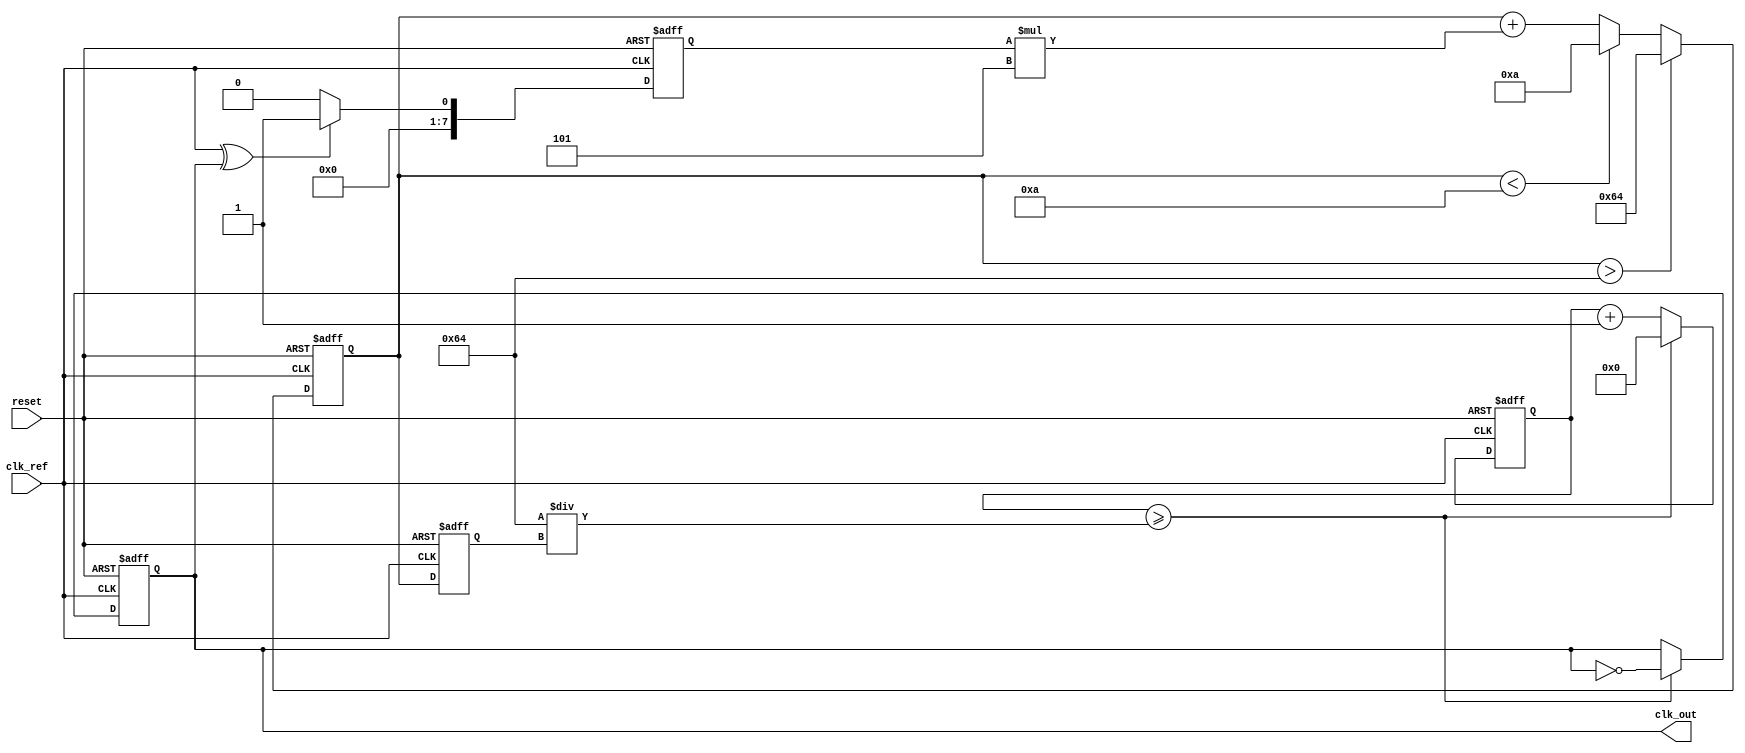
module pll_type2 (
    input wire clk_ref,          // Reference clock input
    input wire reset,            // Asynchronous reset
    output reg clk_out           // Output clock
);

    // Parameters for the PLL
    parameter integer VCO_MAX_FREQ = 100; // Max frequency of VCO
    parameter integer VCO_MIN_FREQ = 10;   // Min frequency of VCO
    parameter integer LOOP_FILTER_GAIN = 5; // Gain for loop filter

    // Internal signals
    reg [7:0] phase_error;        // Phase error signal from PD
    reg [7:0] filtered_error;     // Filtered error signal
    reg [7:0] vco_frequency;      // Current frequency of VCO
    reg [31:0] vco_counter;       // VCO counter for generating clk_out
    reg clk_vco;                  // VCO clock signal

    // Phase Detector (PD)
    always @(posedge clk_ref or posedge reset) begin
        if (reset) begin
            phase_error <= 0;
        end else begin
            // Simple phase detector logic (XOR for demonstration)
            phase_error <= (clk_ref ^ clk_out) ? 1 : 0; // Phase error signal
        end
    end

    // Loop Filter (Simple first-order for demonstration)
    always @(posedge clk_ref or posedge reset) begin
        if (reset) begin
            filtered_error <= 0;
        end else begin
            filtered_error <= filtered_error + (phase_error * LOOP_FILTER_GAIN);
            // Clamp the filtered error to VCO frequency limits
            if (filtered_error > VCO_MAX_FREQ) begin
                filtered_error <= VCO_MAX_FREQ;
            end else if (filtered_error < VCO_MIN_FREQ) begin
                filtered_error <= VCO_MIN_FREQ;
            end
        end
    end

    // Voltage-Controlled Oscillator (VCO)
    always @(posedge clk_ref or posedge reset) begin
        if (reset) begin
            vco_frequency <= VCO_MIN_FREQ;
            vco_counter <= 0;
            clk_out <= 0;
        end else begin
            // Adjust VCO frequency based on filtered error
            vco_frequency <= filtered_error;

            // VCO counter logic to generate clk_out
            vco_counter <= vco_counter + 1;
            if (vco_counter >= (100 / vco_frequency)) begin // Adjust based on frequency
                clk_out <= ~clk_out; // Toggle output clock
                vco_counter <= 0; // Reset counter
            end
        end
    end

endmodule